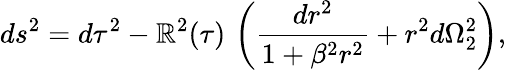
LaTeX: ds^{2}=d\tau^{2}-\mathbb{R}^{2}(\tau)\, \left(\frac{{dr^{2}}}{{1+\beta^{2}r^{2}}}+r^{2}d\Omega_{2}^{2}\right),